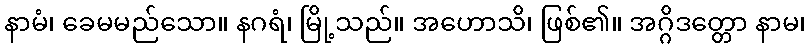
နာမံ၊ ခေမမည်သော။ နဂရံ၊ မြို့သည်။ အဟောသိ၊ ဖြစ်၏။ အဂ္ဂိဒတ္တော နာမ၊